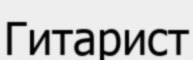
Гитарист